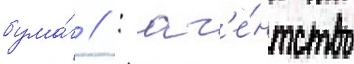
бума́г // : аг'е́нтство